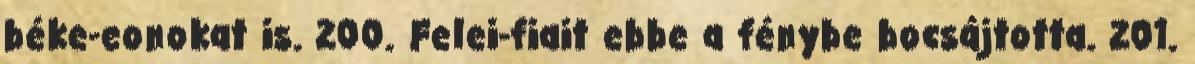
béke-eonokat is. 200. Felei-fiait ebbe a fénybe bocsájtotta. 201.